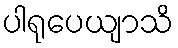
ပါရုပေယျာသိ